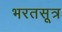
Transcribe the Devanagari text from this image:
भरतसूत्र